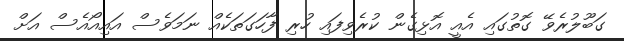
ގަބޫލުރެވޭ ގޮތުގައި އެއީ އޮޅިގެން ކުރެވިފައި ހުރި ފާހަގަތަކެއް ނަމަވެސް އައިއޯއެސް އަށް